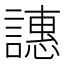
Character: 譓